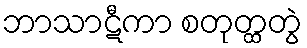
ဘာသာဋီကာ စတုတ္ထတွဲ